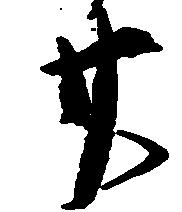
廿